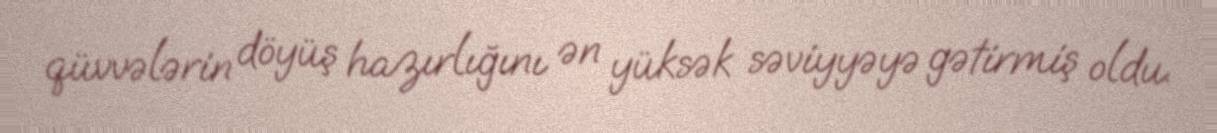
qüvvələrin döyüş hazırlığını ən yüksək səviyyəyə gətirmiş oldu.